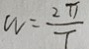
w = \frac { 2 \pi } { T }